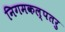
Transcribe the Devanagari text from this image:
निगमकल्पतरु